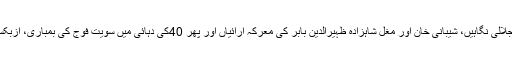
سکندر اعظم اور چنگیز خان کے گھوڑوں کی ٹاپیں، امیر تیمور کی جلالی نگاہیں، شیبانی خان اور مغل شاہزادہ ظہیرالدین بابر کی معرکہ آرائیاں اور پھر 40کی دہائی میں سویت فوج کی بمباری، ازبکستان کے شہروں نے اپنے اندر ایک تاریخ سمیٹ کر رکھی ہوئی ہے۔